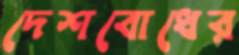
দেশবোধের